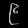
Digit: ၉